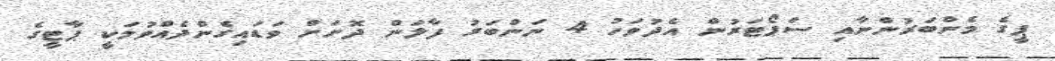
ޕީގެ މެންބަރުންނާއި ސަޕޯޓަރުން އެދުވަހު 4 ނަންބަރު ފާލަން ދޮށަށް ވަޑައިގެންދެއްވުމަކީ ޕާޓީގެ